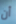
أن